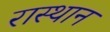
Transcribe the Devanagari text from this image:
रास्थान